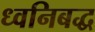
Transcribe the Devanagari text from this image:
ध्वनिबद्ध